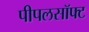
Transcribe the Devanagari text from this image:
पीपलसॉफ्ट